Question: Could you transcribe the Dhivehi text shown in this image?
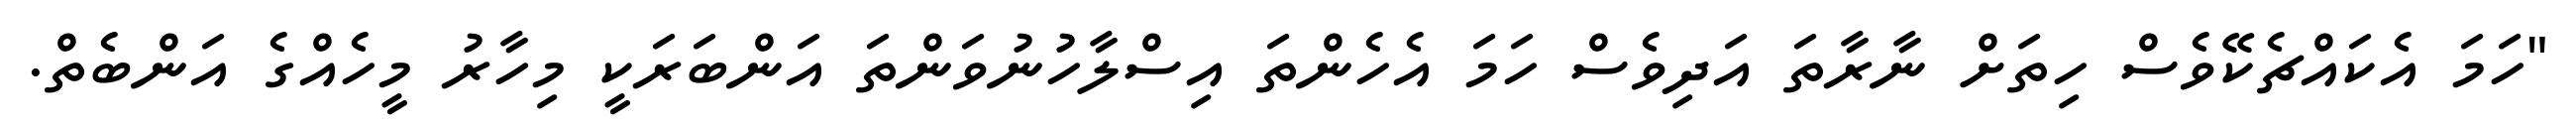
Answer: "ހަމަ އެކައްޗެކޭވެސް ހިތަށް ނާރާތަ އަދިވެސް ހަމަ އެހެންތަ އިސްލާހުނުވަންތަ އަންބަރަކީ މިހާރު މީހެއްގެ އަންބެތް.